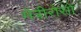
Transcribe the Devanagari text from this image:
मेंत्रीरोसो